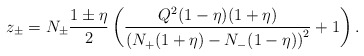
\begin{align*}z_{\pm}=N_{\pm}\frac{1\pm\eta}{2}\left(\frac{Q^2(1-\eta)(1+\eta)}{\left(N_{+}(1+\eta)-N_{-}(1-\eta)\right)^2}+1\right).\end{align*}